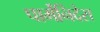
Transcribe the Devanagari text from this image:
पार्मेनिदेस